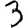
Digit: 3